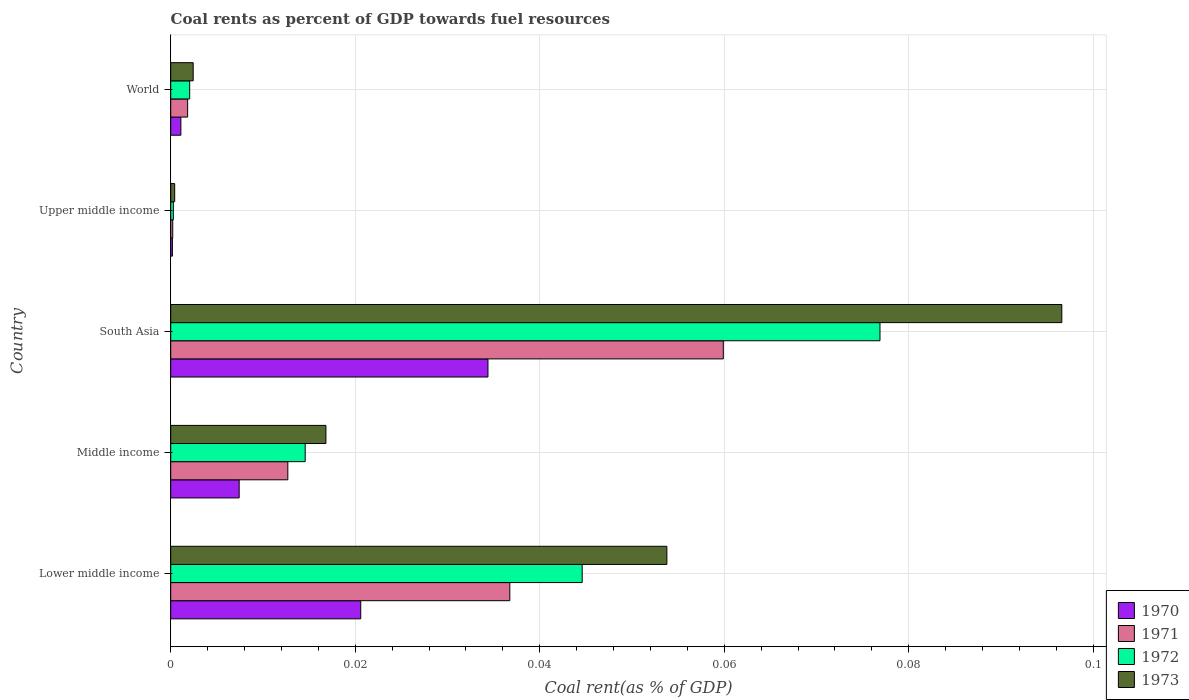
| Country | 1970 | 1971 | 1972 | 1973 |
 | --- | --- | --- | --- | --- |
 | Lower middle income | 0.0206 | 0.0368 | 0.0446 | 0.0538 |
 | Middle income | 0.00742 | 0.0127 | 0.0146 | 0.0168 |
 | South Asia | 0.0344 | 0.0599 | 0.0769 | 0.0966 |
 | Upper middle income | 0.000184 | 0.000219 | 0.000284 | 0.000431 |
 | World | 0.0011 | 0.00183 | 0.00206 | 0.00244 |